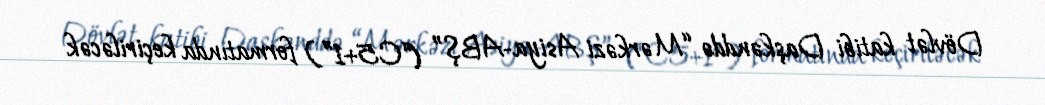
Dövlət katibi Daşkənddə “Mərkəzi Asiya-ABŞ” (“C5+1”) formatında keçiriləcək